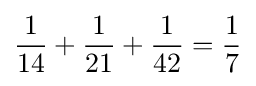
{\frac {1}{14}}+{\frac {1}{21}}+{\frac {1}{42}}={\frac {1}{7}}